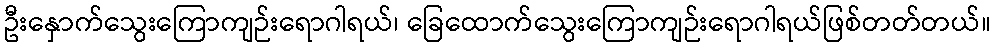
ဦးနှောက်သွေးကြောကျဉ်းရောဂါရယ်၊ ခြေထောက်သွေးကြောကျဉ်းရောဂါရယ်ဖြစ်တတ်တယ်။